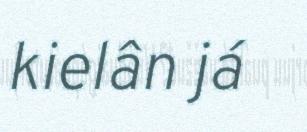
kielân já